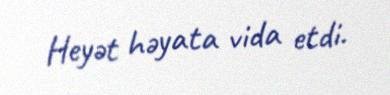
Heyət həyata vida etdi.